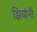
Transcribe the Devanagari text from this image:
झियांनी